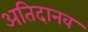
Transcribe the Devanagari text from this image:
अतिदानव